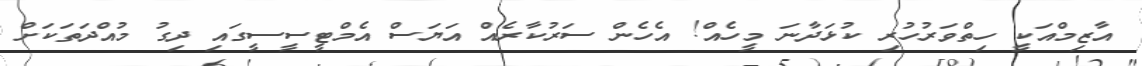
އާޒިމްއަކީ ހިތްވަރުހުރި ކުޅަދާނަ މީހެއް! އެހެން ސަރުކާރެއް އަޔަސް އެމްޓީސީސީގައި ދިގު މުއްދަތަކަށް